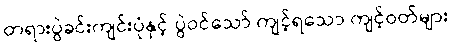
တရားပွဲခင်းကျင်းပုံနှင့် ပွဲဝင်သော် ကျင့်ရသော ကျင့်ဝတ်များ